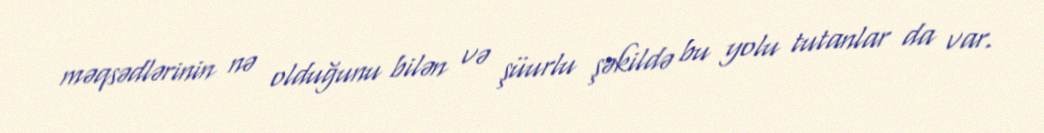
məqsədlərinin nə olduğunu bilən və şüurlu şəkildə bu yolu tutanlar da var.